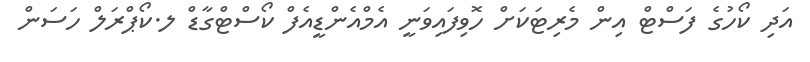
އަދި ކޯހުގެ ފަސްޓް އިން މެރިޓަކަށް ހޮވިފައިވަނީ އެމްއެންޑީއެފް ކޯސްޓްގާޑް ލ.ކޯޕްރަލް ހަސަން